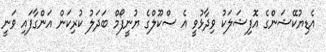
އެޑިޔުކޭޝަންގެ އޮފިޝަލަކު ވިދާޅުވީ އެ ސްކޫލްގެ ޔުނީފޯމް ބަދަލު ކުރިކަން އަންގާފައި ވަނީ